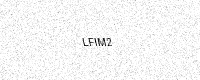
Text: LFIM2